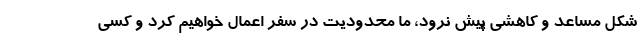
شکل مساعد و کاهشی پیش نرود، ما محدودیت در سفر اعمال خواهیم کرد و کسی